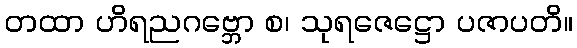
တထာ ဟိရညဂဗ္ဘော စ၊ သုရဇေဋ္ဌော ပဇာပတိ။